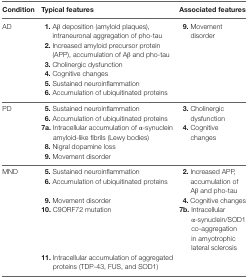
<table><thead><tr><td><b>Condition</b></td><td><b>Typical features</b></td><td><b>Associated features</b></td></tr></thead><tbody><tr><td rowspan="6">AD</td><td><b>1.</b> Aβ deposition (amyloid plaques), intraneuronal aggregation of pho-tau</td><td rowspan="6"><b>9.</b> Movement disorder</td></tr><tr><td><b>2.</b> Increased amyloid precursor protein (APP), accumulation of Aβ and pho-tau</td></tr><tr><td><b>3.</b> Cholinergic dysfunction</td></tr><tr><td><b>4.</b> Cognitive changes</td></tr><tr><td><b>5.</b> Sustained neuroinflammation</td></tr><tr><td><b>6.</b> Accumulation of ubiquitinated proteins</td></tr><tr><td rowspan="5">PD</td><td><b>5.</b> Sustained neuroinflammation</td><td rowspan="2"><b>3.</b> Cholinergic dysfunction</td></tr><tr><td><b>6.</b> Accumulation of ubiquitinated proteins</td></tr><tr><td><b>7a.</b> Intracellular accumulation of α-synuclein amyloid-like fibrils (Lewy bodies)</td><td><b>4.</b> Cognitive changes</td></tr><tr><td><b>8.</b> Nigral dopamine loss</td><td></td></tr><tr><td><b>9.</b> Movement disorder</td><td></td></tr><tr><td rowspan="5">MND</td><td><b>5.</b> Sustained neuroinflammation</td><td rowspan="2"><b>2.</b> Increased APP, accumulation of Aβ and pho-tau</td></tr><tr><td><b>6.</b> Accumulation of ubiquitinated proteins</td></tr><tr><td><b>9.</b> Movement disorder</td><td><b>4.</b> Cognitive changes</td></tr><tr><td><b>10.</b> C9ORF72 mutation</td><td><b>7b.</b> Intracellular α-synuclein/SOD1 co-aggregation in amyotrophic lateral sclerosis</td></tr><tr><td><b>11.</b> Intracellular accumulation of aggregated proteins (TDP-43, FUS, and SOD1)</td><td></td></tr></tbody></table>